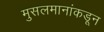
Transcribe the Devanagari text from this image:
मुसलमानांकडून